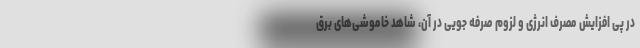
در پی افزایش مصرف انرژی و لزوم صرفه جویی در آن، شاهد خاموشی‌های برق